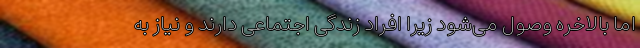
اما بالاخره وصول می‌شود زیرا افراد زندگی اجتماعی دارند و نیاز به